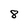
Character: 8